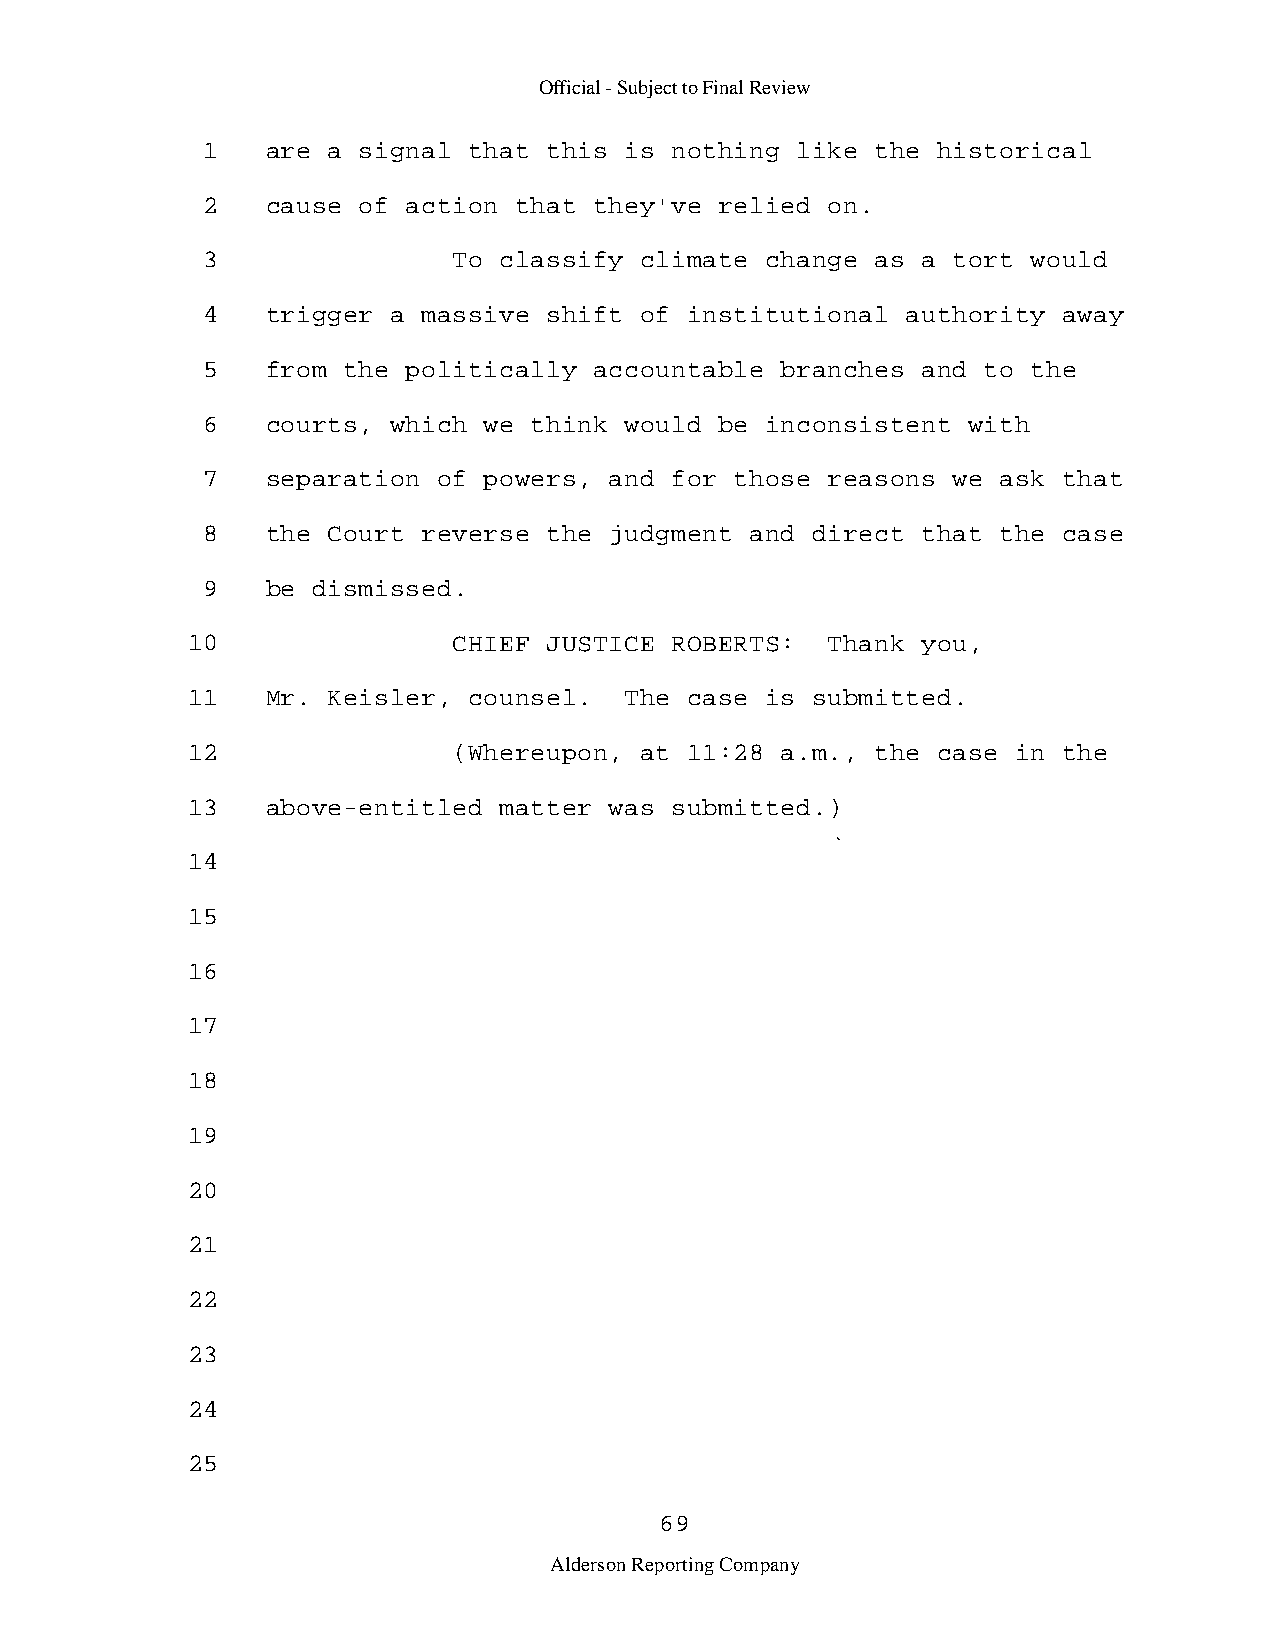
Official - Subject to Final Review
 1    are a signal that this is nothing  like the historical
 2    cause of action that they've  relied on.
 3                To classify climate  change as a tort would
 4    trigger a massive shift of  institutional authority away
 5    from the politically accountable  branches and to the
 6    courts, which we think would  be inconsistent with
 7    separation of powers, and for  those reasons we ask that
 8    the Court reverse the judgment  and direct that the case
 9    be dismissed.
 10                CHIEF JUSTICE ROBERTS:   Thank you,
 11    Mr. Keisler, counsel.  The  case is submitted.
 12                (Whereupon, at  11:28 a.m., the case in the
 13    above-entitled matter was submitted.)
 14
 15
 16
 17
 18
 19
 20
 21
 22
 23
 24
 25
 69
 Alderson Reporting Company